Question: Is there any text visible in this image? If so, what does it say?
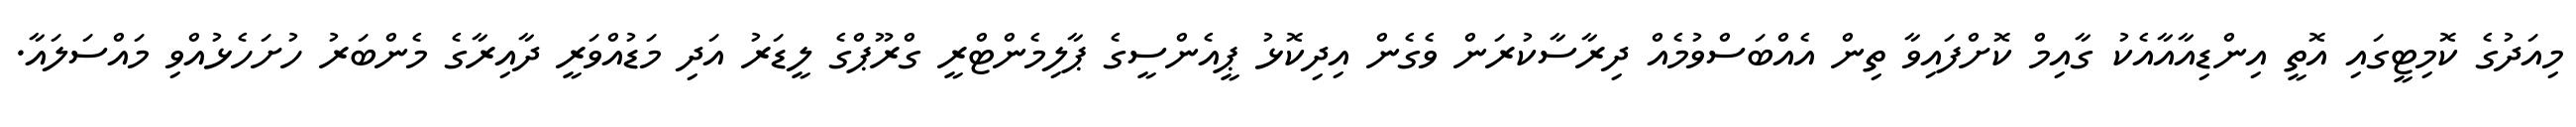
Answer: މިއަދުގެ ކޮމިޓީގައި އޮތީ އިންޑިއާއާއެކު ގާއިމް ކޮށްފައިވާ ތިން އެއްބަސްވުމެއް ދިރާސާކުރަން ވެގެން އިދިކޮޅު ޕީއެންސީގެ ޕާލިމެންޓްރީ ގްރޫޕްގެ ލީޑަރު އަދި މަޑުއްވަރީ ދާއިރާގެ މެންބަރު ހުށަހެޅުއްވި މައްސަލައާ.